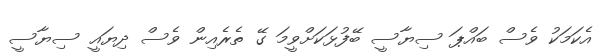
އެކަމަކު ވެސް ބައްޕަ ސިޔާސީ ބޭފުޅަކަށްވީމަ ގޭ ތެރެއިން ވެސް ދިޔައީ ސިޔާސީ